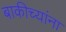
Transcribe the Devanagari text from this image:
बाकीच्यांना